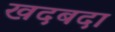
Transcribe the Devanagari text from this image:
खदबदा